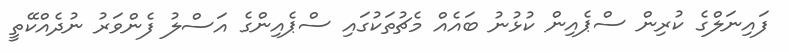
ފައިނަލްގެ ކުރިން ސްޕެއިން ކުޅުނު ބައެއް މެޗުތަކުގައި ސްޕެއިންގެ އަސްލު ފެންވަރު ނުދެއްކޭތީ